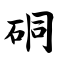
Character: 硐